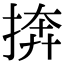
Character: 捹